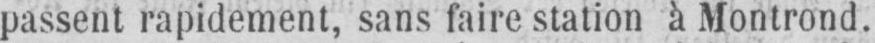
passent rapidement, sans faire station à Montrond.